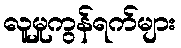
လူမှုကွန်ရက်များ